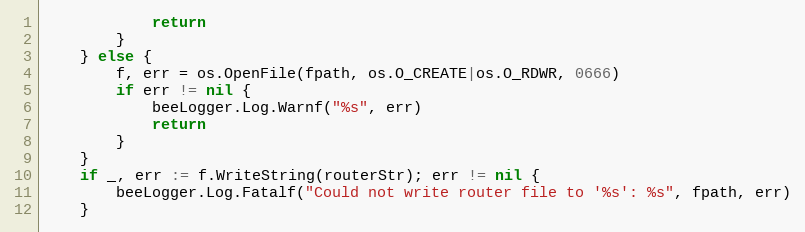
Language: Go
			return
		}
	} else {
		f, err = os.OpenFile(fpath, os.O_CREATE|os.O_RDWR, 0666)
		if err != nil {
			beeLogger.Log.Warnf("%s", err)
			return
		}
	}
	if _, err := f.WriteString(routerStr); err != nil {
		beeLogger.Log.Fatalf("Could not write router file to '%s': %s", fpath, err)
	}